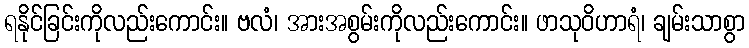
ရနိုင်ခြင်းကိုလည်းကောင်း။ ဗလံ၊ အားအစွမ်းကိုလည်းကောင်း။ ဖာသုဝိဟာရံ၊ ချမ်းသာစွာ